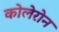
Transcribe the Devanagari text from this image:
कोलेरोन